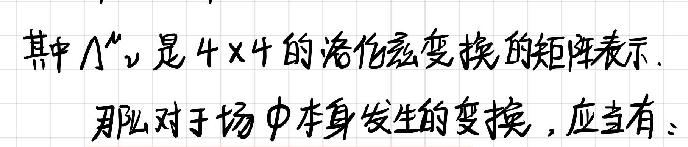
其中$\Lambda^{\mu}{}_{\nu}$是$4\times4$的洛伦兹变换的矩阵表示.
那么对于场$\phi$本身发生的变换，应当有：